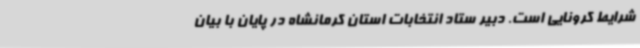
شرایط کرونایی است. دبیر ستاد انتخابات استان کرمانشاه در پایان با بیان